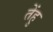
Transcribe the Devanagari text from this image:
तेंहु